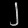
Digit: ၂